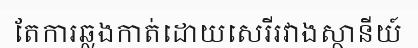
តែការឆ្លងកាត់ដោយសេរីរវាងស្ថានីយ៍